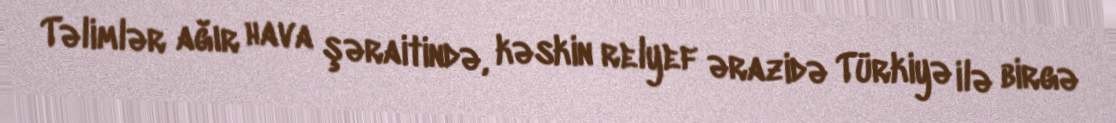
Təlimlər ağır hava şəraitində, kəskin relyef ərazidə Türkiyə ilə birgə